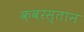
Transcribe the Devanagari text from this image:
क़बरस्तान